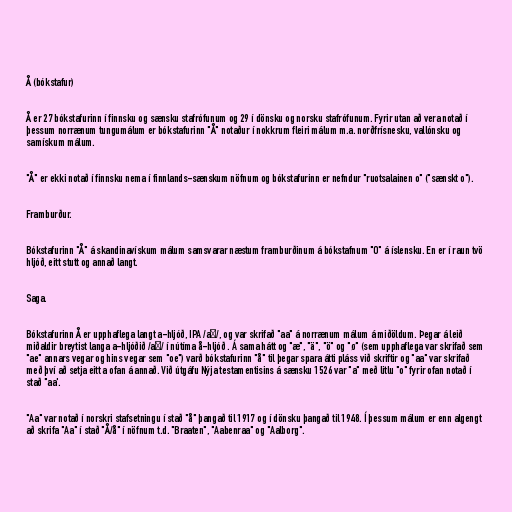
Å (bókstafur)

Å er 27 bókstafurinn í finnsku og sænsku stafrófunum og 29 í dönsku og norsku stafrófunum. Fyrir utan að vera notað í
þessum norrænum tungumálum er bókstafurinn "Å" notaður í nokkrum fleiri málum m.a. norðfrísnesku, vallónsku og
samískum málum.

"Å" er ekki notað í finnsku nema í finnlands-sænskum nöfnum og bókstafurinn er nefndur "ruotsalainen o" ("sænskt o").

Framburður.

Bókstafurinn "Å" á skandinavískum málum samsvarar næstum framburðinum á bókstafnum "O" á íslensku. En er í raun tvö
hljóð, eitt stutt og annað langt.

Saga.

Bókstafurinn Å er upphaflega langt a-hljóð, IPA /aː/, og var skrifað "aa" á norrænum málum á miðöldum. Þegar á leið
miðaldir breytist langa a-hljóðið /aː/ í nútíma å-hljóð . Á sama hátt og "æ", "ä", "ö" og "ø" (sem upphaflega var skrifað sem
"ae" annars vegar og hins vegar sem "oe") varð bókstafurinn "å" til þegar spara átti pláss við skriftir og "aa" var skrifað
með því að setja eitt a ofan á annað. Við útgáfu Nýja testamentisins á sænsku 1526 var "a" með litlu "o" fyrir ofan notað í
stað "aa'.

"Aa" var notað í norskri stafsetningu í stað "å" þangað til 1917 og í dönsku þangað til 1948. Í þessum málum er enn algengt
að skrifa "Aa" í stað "Å/å" í nöfnum t.d. "Braaten", "Aabenraa" og "Aalborg".